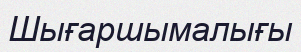
Шығаршымалығы